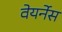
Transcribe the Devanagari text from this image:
वेयर्नेस